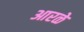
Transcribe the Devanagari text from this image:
आरळे